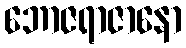
ဘောဇရာဇာနော